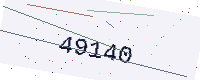
Text: 49140